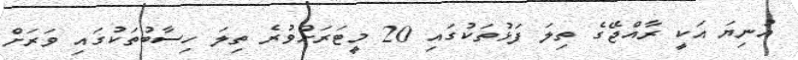
އުނިޔަ އަކީ ރާއްޖޭގެ ތިލަ ފަޅުތަކުގައި 20 މީޓަރަށްވުރެ ތިލަ ހިސާބުތަކުގައި ވަރަށް